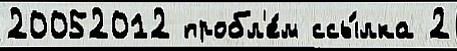
20052012 пробл'е́м ссы́лка 2